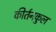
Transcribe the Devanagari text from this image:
कीर्तनकुल